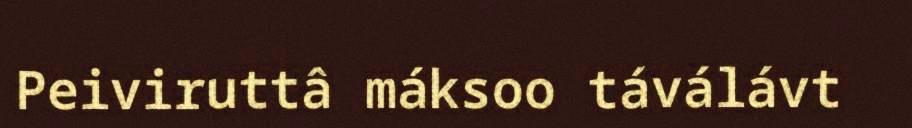
Peiviruttâ máksoo táválávt